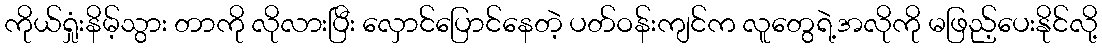
ကိုယ်ရှုံးနိမ့်သွား တာကို လိုလားပြီး လှောင်ပြောင်နေတဲ့ ပတ်ဝန်းကျင်က လူတွေရဲ့အလိုကို မဖြည့်ပေးနိုင်လို့